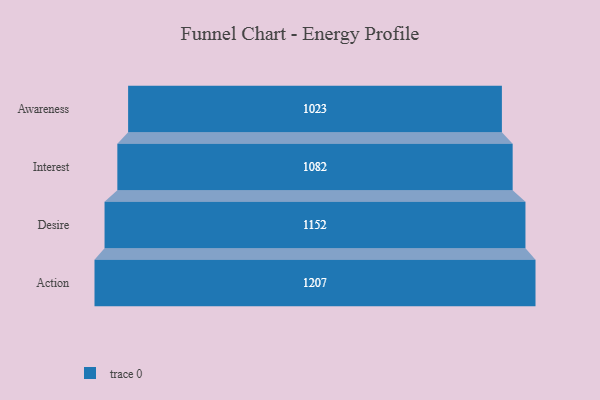
{"axis": {"x": "Stage", "y": "Value"}, "legend": [""], "data": [{"x": "Awareness", "y": 1023.0, "type": ""}, {"x": "Interest", "y": 1082.0, "type": ""}, {"x": "Desire", "y": 1152.0, "type": ""}, {"x": "Action", "y": 1207.0, "type": ""}]}